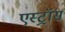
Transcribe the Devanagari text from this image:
एस्ट्रॉस